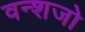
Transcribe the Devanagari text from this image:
वन्शजो